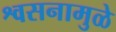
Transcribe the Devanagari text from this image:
श्वसनामुळे